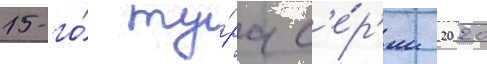
15-го́ ту́ра с'е́р'ии 2020